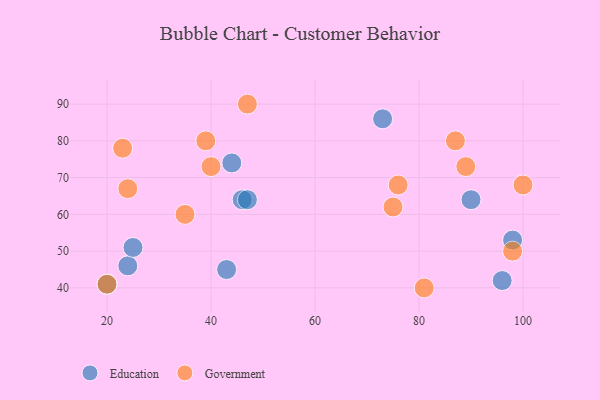
{"axis": {"x": "GDP", "y": "Life Expectancy"}, "legend": ["Education", "Government"], "data": [{"x": "20", "y": 41, "type": "Education"}, {"x": "43", "y": 45, "type": "Education"}, {"x": "73", "y": 86, "type": "Education"}, {"x": "90", "y": 64, "type": "Education"}, {"x": "46", "y": 64, "type": "Education"}, {"x": "44", "y": 74, "type": "Education"}, {"x": "98", "y": 53, "type": "Education"}, {"x": "24", "y": 46, "type": "Education"}, {"x": "25", "y": 51, "type": "Education"}, {"x": "47", "y": 64, "type": "Education"}, {"x": "96", "y": 42, "type": "Education"}, {"x": "20", "y": 41, "type": "Government"}, {"x": "87", "y": 80, "type": "Government"}, {"x": "75", "y": 62, "type": "Government"}, {"x": "39", "y": 80, "type": "Government"}, {"x": "100", "y": 68, "type": "Government"}, {"x": "23", "y": 78, "type": "Government"}, {"x": "76", "y": 68, "type": "Government"}, {"x": "81", "y": 40, "type": "Government"}, {"x": "35", "y": 60, "type": "Government"}, {"x": "98", "y": 50, "type": "Government"}, {"x": "47", "y": 90, "type": "Government"}, {"x": "24", "y": 67, "type": "Government"}, {"x": "89", "y": 73, "type": "Government"}, {"x": "40", "y": 73, "type": "Government"}]}